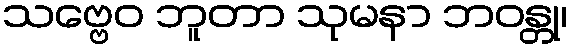
သဗ္ဗေဝ ဘူတာ သုမနာ ဘဝန္တု၊